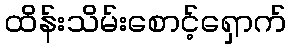
ထိန်းသိမ်းစောင့်ရှောက်